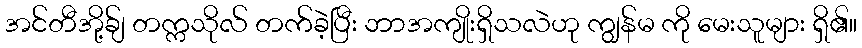
အင်တီအို့ခ်ျ တက္ကသိုလ် တက်ခဲ့ပြီး ဘာအကျိုးရှိသလဲဟု ကျွန်မ ကို မေးသူများ ရှိ၏။